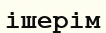
ішерім